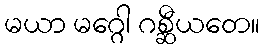
မယာ မဂ္ဂေါ ဂစ္ဆီယတေ။